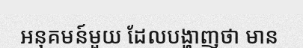
អនុគមន៍មួយ ដែលបង្ហាញថា មាន